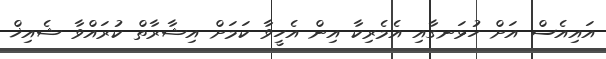
އައިއެސް އަށް ހުޅަނގާއި އެމެރިކާ އިން އެހީވާ ކަމަށް އިޝާރާތް ކުރައްވާ ޝެއިޚް